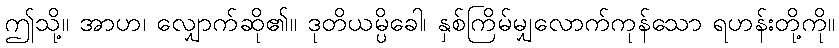
ဤသို့။ အာဟ၊ လျှောက်ဆို၏။ ဒုတိယမ္ပိခေါ၊ နှစ်ကြိမ်မျှလောက်ကုန်သော ရဟန်းတို့ကို။